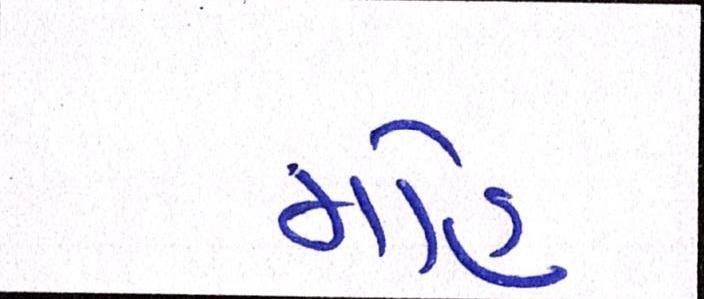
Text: મોહ